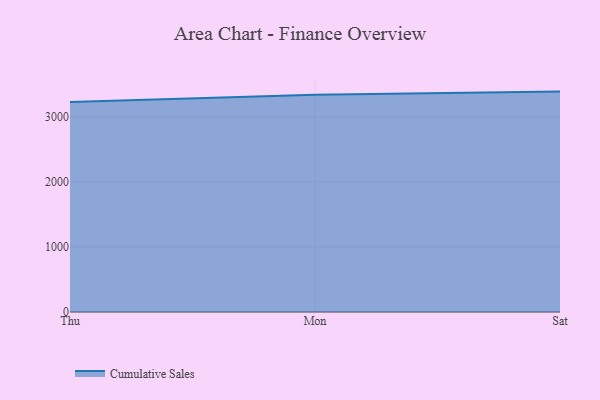
{"axis": {"x": "Day", "y": "Satisfaction Score"}, "legend": ["Cumulative Sales"], "data": [{"x": "Thu", "y": 3229.1, "type": "Cumulative Sales"}, {"x": "Mon", "y": 3344.1, "type": "Cumulative Sales"}, {"x": "Sat", "y": 3390.7, "type": "Cumulative Sales"}]}